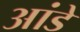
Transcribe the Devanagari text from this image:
आंडे